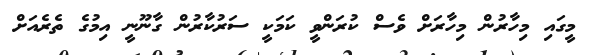
މީގައި މިހާރުން މިހާރަށް ވެސް ކުރަންވީ ކަމަކީ ސަރުކާރުން ގާނޫނީ އިމުގެ ތެރެއަށް